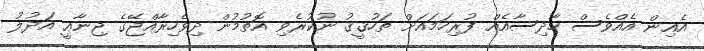
އެއިން އެއްވެސް ހާދިސާއެއް ފުރިހަމައަށް ތަހުޤީޤު ނުކުރެވި އޮތުމުން ދިވެހިރާއްޖޭގެ ޖިނާޢީ އަދުލު